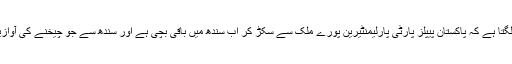
یہ بات سچ ہے کہ بادی النظر میں ایسا لگتا ہے کہ پاکستان پیپلز پارٹی پارلیمنٹیرین پورے ملک سے سکڑ کر اب سندھ میں باقی بچی ہے اور سندھ سے جو چیخنے کی آوازیں آ رہی ہیں، وہ پیپلز پارٹی ہی کی ہیں۔